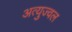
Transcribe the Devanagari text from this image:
अत्युज्वल